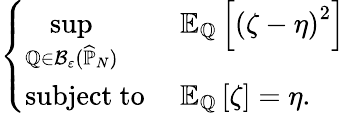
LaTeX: \begin{array}{r}{\left\{ \begin{array}{ll}{{\displaystyle\operatorname*{sup}_{\mathbb{Q}\in\mathcal{B}_{\varepsilon}(\widehat{\mathbb{P}}_{N})}}}&{\mathbb{E}_{\mathbb{Q}}\left[\left(\zeta-\eta\right)^{2}\right]}\\ {\mathrm{subject~to~}}&{\mathbb{E}_{\mathbb{Q}}\left[\zeta\right]=\eta.}\end{array}\right.}\end{array}